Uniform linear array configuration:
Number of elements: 48
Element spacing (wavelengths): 0.5
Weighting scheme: kaiser
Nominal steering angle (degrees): -60
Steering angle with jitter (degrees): -61.069
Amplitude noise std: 0.05
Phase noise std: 0.05

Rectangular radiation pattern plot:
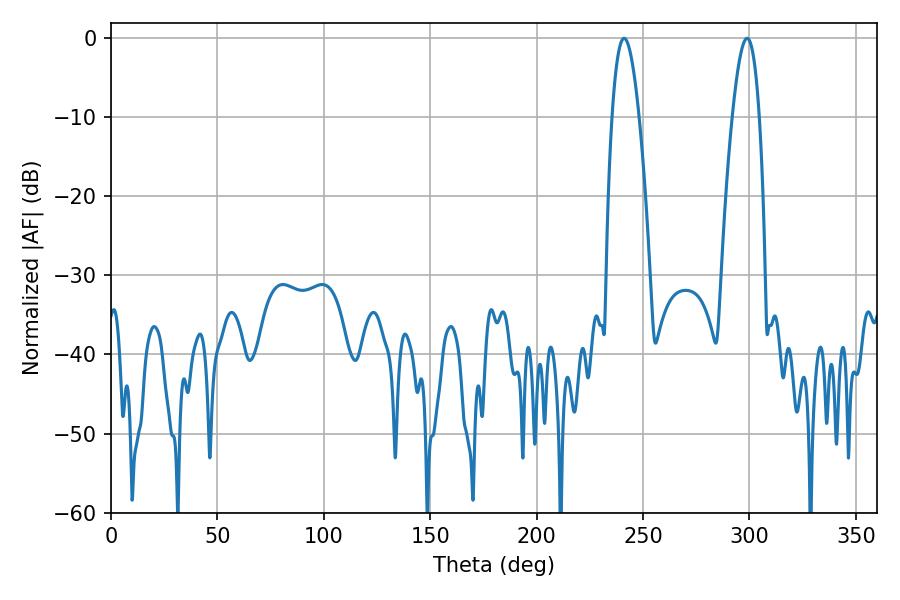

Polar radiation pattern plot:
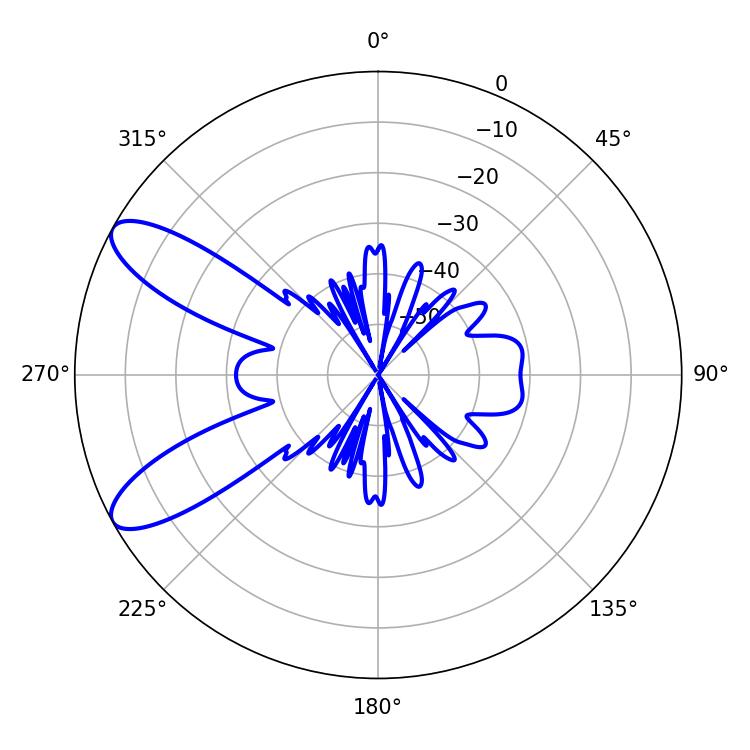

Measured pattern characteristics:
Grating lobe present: FALSE
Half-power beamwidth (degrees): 7.02
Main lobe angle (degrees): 241.02